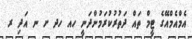
އެމްއެމްއޭގެ ޓީމް ތައް ދަތުރުކުރަމުންދަނީ ހއ ހދ ށ ނ އަދި ރ